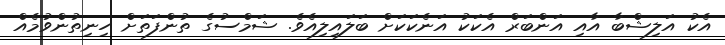
އެކު އަލިޝްބާ އާއި އަންބަރް އެކަކު އަނެކަކަށް ބަލައިލިއެވެ. ޝަމްސުގެ ތުންފަތަށް ހިނިތުންވުމެއް